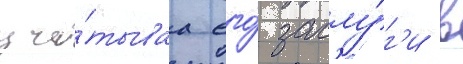
учи́тываа его́ заслу́г'и в